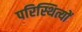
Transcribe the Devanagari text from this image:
परिस्थित्यों